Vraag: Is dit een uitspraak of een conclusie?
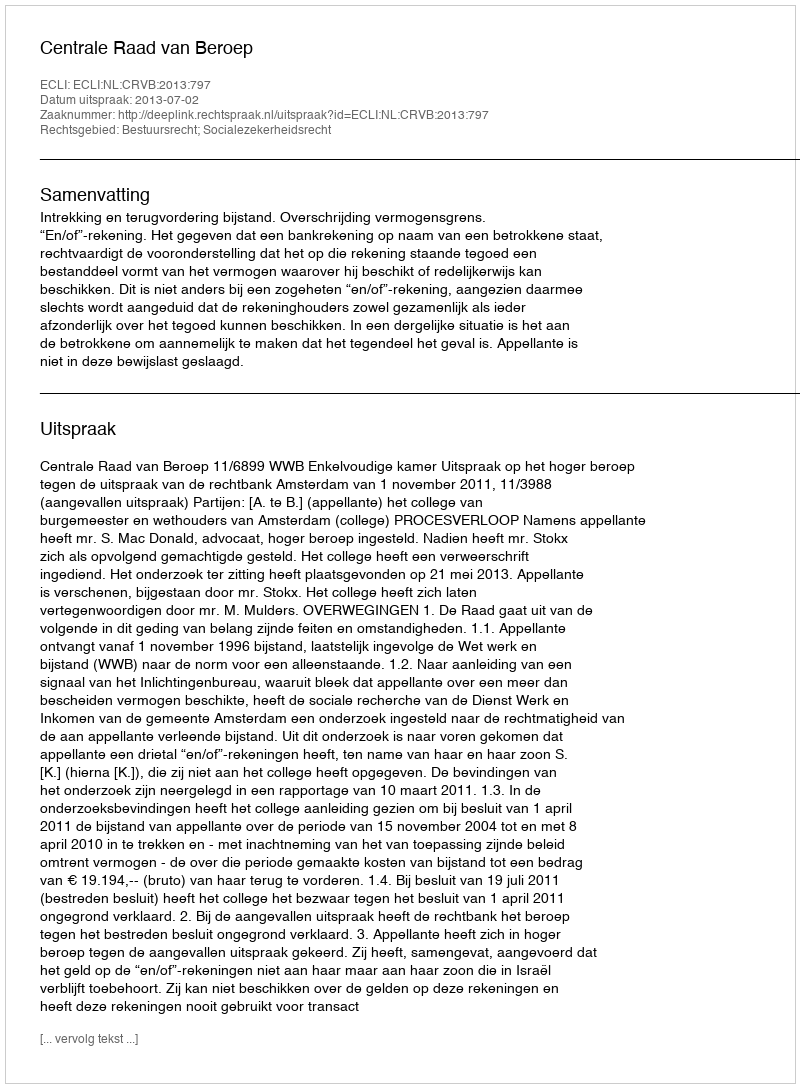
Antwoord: Uitspraak